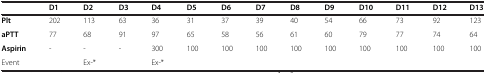
|  | D1 | D2 | D3 | D4 | D5 | D6 | D7 | D8 | D9 | D10 | D11 | D12 | D13 |
 | --- | --- | --- | --- | --- | --- | --- | --- | --- | --- | --- | --- | --- | --- |
 | Plt | 202 | 113 | 63 | 36 | 31 | 37 | 39 | 40 | 54 | 66 | 73 | 92 | 123 |
 | aPTT | 77 | 68 | 91 | 97 | 65 | 58 | 56 | 61 | 60 | 79 | 77 | 74 | 64 |
 | Aspirin | - | - | - | 300 | 100 | 100 | 100 | 100 | 100 | 100 | 100 | 100 | 100 |
 | Event |  | Ex-* |  | Ex-* |  |  |  |  |  |  |  |  |  |